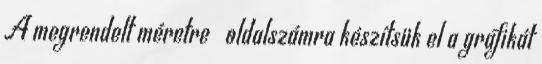
A megrendelt méretre oldalszámra készítsük el a grafikát